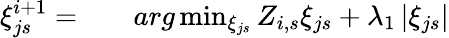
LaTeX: \begin{array}{rlr}{\xi_{js}^{i+1}=}&{{}}&{arg\operatorname*{min}_{\xi_{js}}Z_{i,s}\xi_{js}+\lambda_{1}\left|\xi_{js}\right|}\end{array}